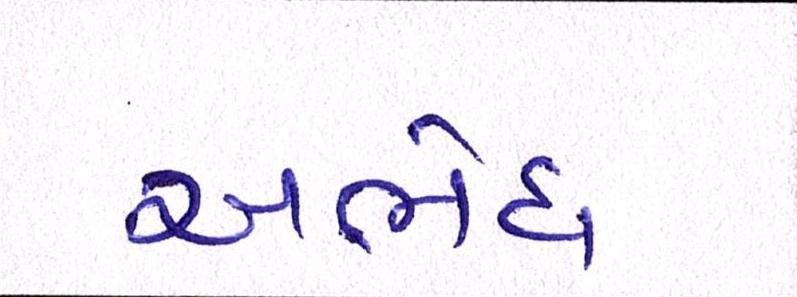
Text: અભેધ